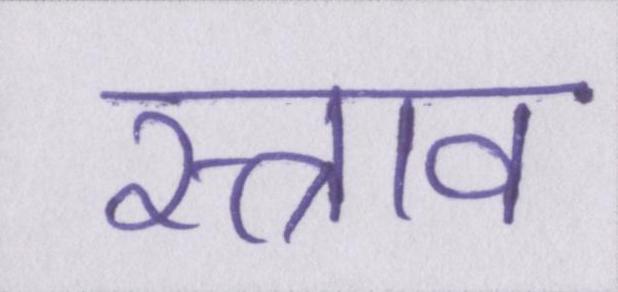
स्त्राव